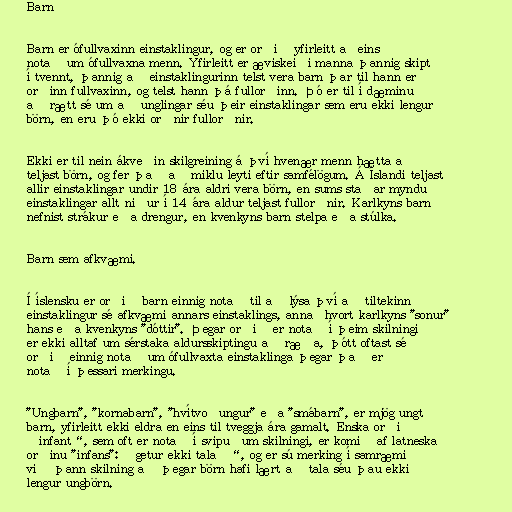
Barn

Barn er ófullvaxinn einstaklingur, og er orðið yfirleitt aðeins
notað um ófullvaxna menn. Yfirleitt er æviskeiði manna þannig skipt
í tvennt, þannig að einstaklingurinn telst vera barn þar til hann er
orðinn fullvaxinn, og telst hann þá fullorðinn. Þó er til í dæminu
að rætt sé um að unglingar séu þeir einstaklingar sem eru ekki lengur
börn, en eru þó ekki orðnir fullorðnir.

Ekki er til nein ákveðin skilgreining á því hvenær menn hætta að
teljast börn, og fer það að miklu leyti eftir samfélögum. Á Íslandi teljast
allir einstaklingar undir 18 ára aldri vera börn, en sums staðar myndu
einstaklingar allt niður í 14 ára aldur teljast fullorðnir. Karlkyns barn
nefnist strákur eða drengur, en kvenkyns barn stelpa eða stúlka.

Barn sem afkvæmi.

Í íslensku er orðið barn einnig notað til að lýsa því að tiltekinn
einstaklingur sé afkvæmi annars einstaklings, annaðhvort karlkyns "sonur"
hans eða kvenkyns "dóttir". Þegar orðið er notað í þeim skilningi
er ekki alltaf um sérstaka aldursskiptingu að ræða, þótt oftast sé
orðið einnig notað um ófullvaxta einstaklinga þegar það er
notað í þessari merkingu.

"Ungbarn", "kornabarn", "hvítvoðungur" eða "smábarn", er mjög ungt
barn, yfirleitt ekki eldra en eins til tveggja ára gamalt. Enska orðið
„infant“, sem oft er notað í svipuðum skilningi, er komið af latneska
orðinu "infans": „getur ekki talað“, og er sú merking í samræmi
við þann skilning að þegar börn hafi lært að tala séu þau ekki
lengur ungbörn.